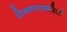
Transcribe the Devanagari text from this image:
रोजगाराकरितां